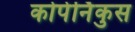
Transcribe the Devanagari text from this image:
कोपेर्निकुस